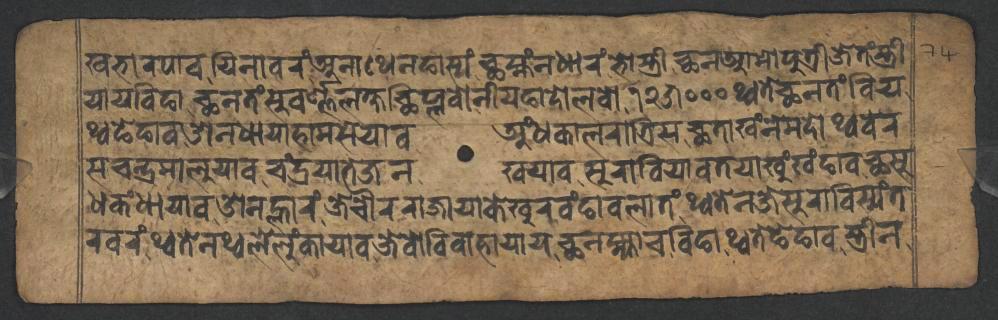
𑐏𑐨𑐵𑐬𑐥𑐵𑐰𑐫𑐶𑐣𑐵𑐰𑐬𑑄𑐀𑐣𑐵𑐠𑐾𑐣𑐒𑐵𑐳𑑂𑐫𑑄𑐕𑐩𑑂𑐴𑑄𑐣𑐢𑐵𑐬𑑄𑐨𑑀𑐳𑑂𑐟𑑂𑐬𑐷𑐕𑐣𑐁𑐩𑑀𑐥𑐸𑐟𑑂𑐬𑐷𑐖𑐾𑐟𑑄𑐳𑑂𑐟𑑂𑐬𑐷 𑐫𑐵𑐫𑐧𑐶𑐒𑐵𑐕𑐣𑐟𑑄𑐳𑐸𑐰𑐬𑑂𑐞𑑂𑐞𑐮𑐎𑑂𑐲𑐕𑐶𑐥𑑂𑐮𑐰𑑀𑐣𑐷𑐫𑐒𑐵𑐡𑑀𑐮𑐰𑑀𑑑𑑒𑑕𑑐𑑐𑑐𑐠𑑂𑐰𑐟𑐾𑐕𑐣𑐟𑑄𑐧𑐶𑐫 𑐠𑑂𑐰𑐒𑐾𑐒𑐵𑐰𑐌𑐣𑐢𑐵𑐫𑐵𑐴𑐵𑐩𑐳𑐾𑐫𑐵𑐰𑐀𑑄𑐢𑐎𑐵𑐮𑐬𑐵𑐟𑑂𑐬𑐶𑐳𑐕𑐟𑐵𑐏𑑄𑐣𑐾𑐩𑐡𑑀𑐠𑑂𑐰𑐧𑐾𑐬 𑐳𑐔𑐣𑑂𑐡𑑂𑐬𑐩𑐵𑐮𑐸𑐫𑐵𑐰𑐔𑑄𑐡𑑂𑐬𑐫𑐵𑐟𑐾𑐖𑐣𑐏𑐫𑐵𑐰𑐳𑐸𑐬𑐵𑐧𑐶𑐫𑐵𑐰𑐟𑐫𑐵𑐏𑐸𑑄𑐏𑑄𑐒𑐵𑐰𑐕𑐳𑐸 𑐢𑐎𑑄𑐢𑐵𑐫𑐵𑐰𑐌𑐣𑐮𑑂𑐴𑐵𑐬𑑄𑐖𑐾𑐔𑑁𑐬𑐬𑐵𑐖𑐵𑐫𑐵𑐎𑐾𑐏𑐸𑐬𑐰𑑄𑐒𑐵𑐰𑐮𑐵𑐟𑑄𑐠𑑂𑐰𑐟𑐾𑐣𑐖𑐾𑐳𑐸𑐬𑐵𑐧𑐶𑐳𑑂𑐫𑑄𑐟 𑐬𑐰𑐬𑑄𑐠𑑂𑐰𑐟𑐾𑐣𑐠𑑂𑐰𑐮𑐾𑐮𑐸𑑄𑐎𑐵𑐫𑐵𑐰𑐖𑐾𑐰𑑀𑐰𑐶𑐰𑐵𑐴𑐵𑐫𑐵𑐫𑐕𑐣𑐩𑑂𑐴𑑂𑐫𑐵𑐔𑐧𑐶𑐒𑐵𑐠𑑂𑐰𑐟𑐾𑐒𑐾𑐒𑐵𑐰𑐳𑑂𑐟𑑂𑐬𑐷𑐣